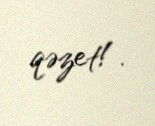
qəzet!.